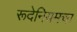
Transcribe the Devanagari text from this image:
रूदेनियमचा